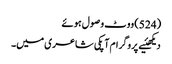
(524) ووٹ وصول ہوئے
دیکھئیے پروگرام آپکی شاعری میں۔